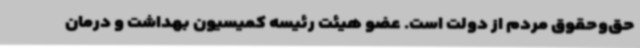
حق‌وحقوق مردم از دولت است. عضو هیئت رئیسه کمیسیون بهداشت و درمان